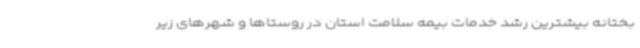
بختانه بیشترین رشد خدمات بیمه سلامت استان در روستاها و شهرهای زیر